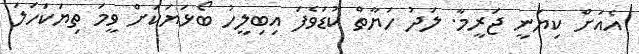
އެއަށް ކިޔަނީ ޖަރީމާ. ލަދު ހަޔާތް ކުޑަވެފަ އިބިލީހު ބޯޅަޔަކަށް ވީމަ ތިޔަކަހަލަ